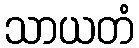
သာယတံ